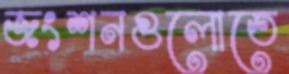
জংশনগুলোতে